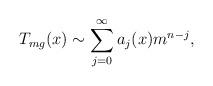
LaTeX: \begin{align*}T_{mg}(x) \sim \sum_{j=0}^\infty a_j(x)m^{n-j},\end{align*}